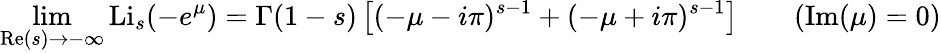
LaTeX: \operatorname*{lim}_{\operatorname{Re}(s)\to-\infty}\operatorname{Li}_{s}(-e^{\mu})=\Gamma(1-s)\left[(-\mu-i\pi)^{s-1}+(-\mu+i\pi)^{s-1}\right]\qquad(\operatorname{Im}(\mu)=0)